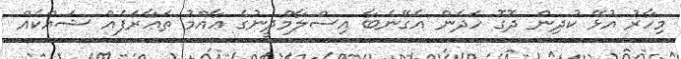
މިހާރު އުޅޭ ކުދިން ދޮގޮ ހަދަން އެގޭނެބާ އިސްލާމްދީނުގެ ޢާއްމު ތަޢާރަފެއް ޝައްކެއް